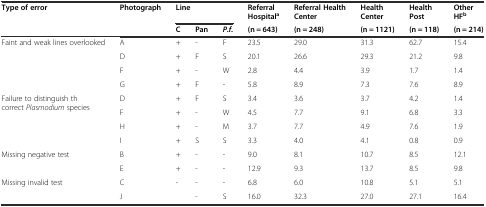
<table><thead><tr><td rowspan="2"><b>Type of error</b></td><td rowspan="2"><b>Photograph</b></td><td colspan="3"><b>Line</b></td><td><b>Referral Hospital<sup>a</sup></b></td><td><b>Referral Health Center</b></td><td><b>Health Center</b></td><td><b>Health Post</b></td><td><b>Other HF<sup>b</sup></b></td></tr><tr><td><b>C</b></td><td><b>Pan</b></td><td><b><i>P.f.</i></b></td><td><b>(n = 643)</b></td><td><b>(n = 248)</b></td><td><b>(n = 1121)</b></td><td><b>(n = 118)</b></td><td><b>(n = 214)</b></td></tr></thead><tbody><tr><td rowspan="4">Faint and weak lines overlooked</td><td>A</td><td>+</td><td>-</td><td>F</td><td>23.5</td><td>29.0</td><td>31.3</td><td>62.7</td><td>15.4</td></tr><tr><td>D</td><td>+</td><td>F</td><td>S</td><td>20.1</td><td>26.6</td><td>29.3</td><td>21.2</td><td>9.8</td></tr><tr><td>F</td><td>+</td><td>-</td><td>W</td><td>2.8</td><td>4.4</td><td>3.9</td><td>1.7</td><td>1.4</td></tr><tr><td>G</td><td>+</td><td>F</td><td>-</td><td>5.8</td><td>8.9</td><td>7.3</td><td>7.6</td><td>8.9</td></tr><tr><td rowspan="4">Failure to distinguish th correct <i>Plasmodium</i> species</td><td>D</td><td>+</td><td>F</td><td>S</td><td>3.4</td><td>3.6</td><td>3.7</td><td>4.2</td><td>1.4</td></tr><tr><td>F</td><td>+</td><td>-</td><td>W</td><td>4.5</td><td>7.7</td><td>9.1</td><td>6.8</td><td>3.3</td></tr><tr><td>H</td><td>+</td><td>-</td><td>M</td><td>3.7</td><td>7.7</td><td>4.9</td><td>7.6</td><td>1.9</td></tr><tr><td>I</td><td>+</td><td>S</td><td>S</td><td>3.3</td><td>4.0</td><td>4.1</td><td>0.8</td><td>0.9</td></tr><tr><td rowspan="2">Missing negative test</td><td>B</td><td>+</td><td>-</td><td>-</td><td>9.0</td><td>8.1</td><td>10.7</td><td>8.5</td><td>12.1</td></tr><tr><td>E</td><td>+</td><td>-</td><td>-</td><td>12.9</td><td>9.3</td><td>13.7</td><td>8.5</td><td>9.8</td></tr><tr><td rowspan="2">Missing invalid test</td><td>C</td><td>-</td><td>-</td><td>-</td><td>6.8</td><td>6.0</td><td>10.8</td><td>5.1</td><td>5.1</td></tr><tr><td>J</td><td></td><td>-</td><td>S</td><td>16.0</td><td>32.3</td><td>27.0</td><td>27.1</td><td>16.4</td></tr></tbody></table>